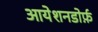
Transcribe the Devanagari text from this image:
आयेशनडोर्फ़